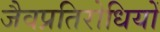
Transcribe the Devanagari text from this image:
जैवप्रतिरोधियों